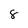
Character: 8